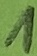
Text: 1